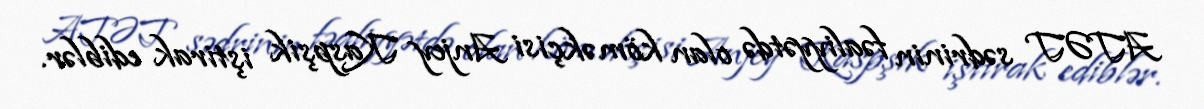
ATƏT sədrinin fəaliyyətdə olan köməkçisi Anjey Kaspşik iştirak ediblər.